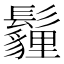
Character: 𩯬